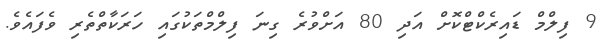
9 ފިލްމް ޑައިރެކްޓްކޮށް އަދި 80 އަށްވުރެ ގިނަ ފިލްމްތަކުގައި ހަރަކާތްތެރި ވެފައެވެ.